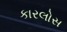
કારલોસ